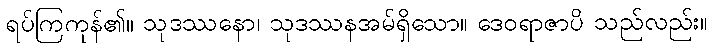
ရပ်ကြကုန်၏။ သုဒဿနော၊ သုဒဿနအမ်ရှိသော။ ဒေဝရာဇာပိ သည်လည်း။